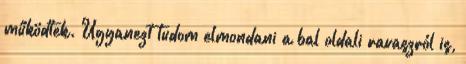
működtek. Ugyanezt tudom elmondani a bal oldali ravaszról is,